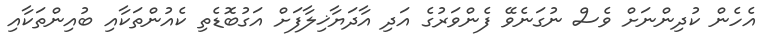
އެހެން ކުދިންނަށް ވެސް ނުގަނެވޭ ފެންވަރުގެ އަދި އާދަޔާޚިލާފަށް އަގުބޮޑެތި ކެއުންތަކާއި ބުއިންތަކާއި